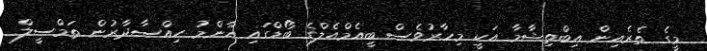
މީގެ ތެރެއިން އިބްތިޝާމާ އަކީ މިހާރުވެސް ބީއެމްއެލްގެ ބޯޑްގައި އާންމު ހިއްސާދާރުން ތަމްސީލް